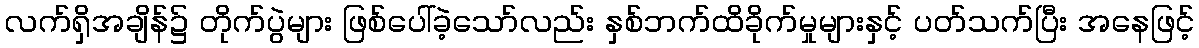
လက်ရှိအချိန်၌ တိုက်ပွဲများ ဖြစ်ပေါ်ခဲ့သော်လည်း နှစ်ဘက်ထိခိုက်မှုများနှင့် ပတ်သက်ပြီး အနေဖြင့်